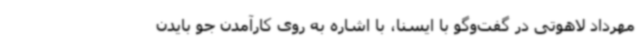
مهرداد لاهوتی در گفت‌وگو با ایسنا، با اشاره به روی کارآمدن جو بایدن